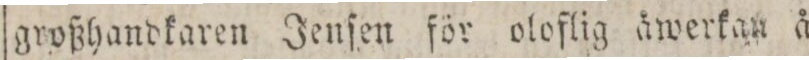
großhandkaren Jenſen för oloflig åwerkan å